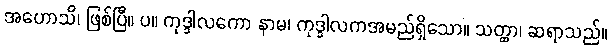
အဟောသိ၊ ဖြစ်ပြီ။ ပ။ ကုဒ္ဒါလကော နာမ၊ ကုဒ္ဒါလကအမည်ရှိသော။ သတ္ထာ၊ ဆရာသည်။